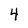
Character: 4